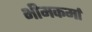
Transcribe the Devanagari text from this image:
भीमकर्मा